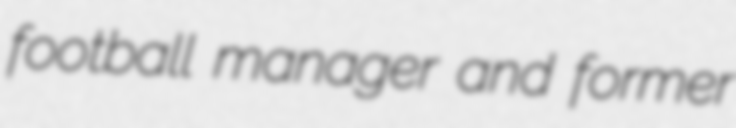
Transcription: football manager and former